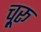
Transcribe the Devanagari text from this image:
चू़रू